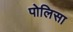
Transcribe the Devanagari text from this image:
पोलिसा